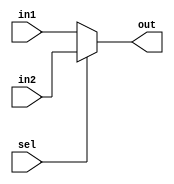

module mux_32x2(in1, in2, sel, out);

input  [31:0] in1,in2;
input sel;
output reg [31:0] out;

always @(sel or in1 or in2)
begin
if(sel==0)
   out=in1;
else
   out=in2;
end

endmodule